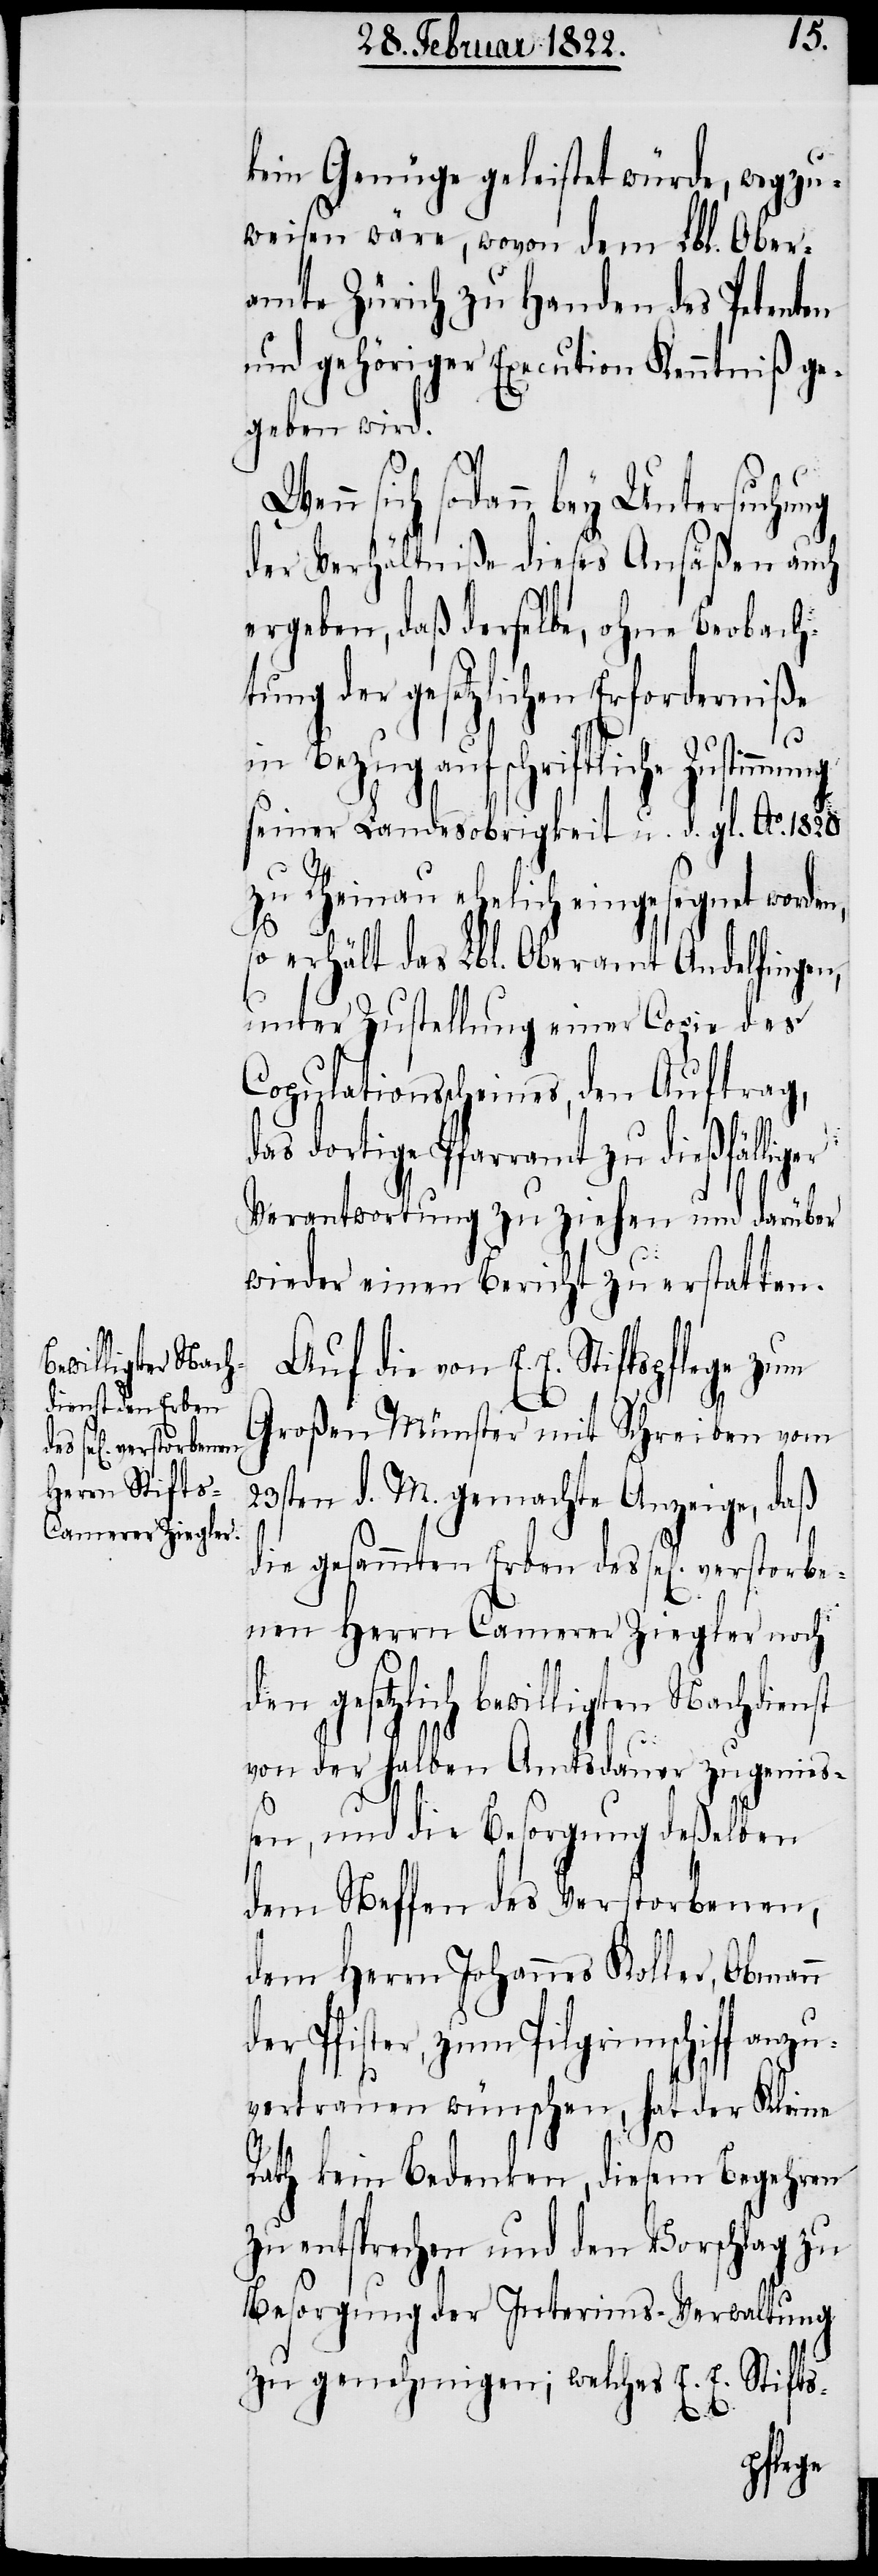
bewilligten Nach¬

kein Genüge geleistet würde, wegzu¬
weisen wäre, wovon dem Lbl. Ober¬
amte Zürich zu Handen des Petenten
und gehöriger Execution Kenntniß ge¬
geben wird.
den
sich sodann, bey Untersuchung
der Verhältniße dieses Ansäßen auch
ergeben, daß derselbe, ohne Beobach¬
tung der gesetzlichen Erforderniße
dienst
seiner Landesobrigkeit u. d. gl. Ao. 1820.
zu Rheinau ehelich eingesegnet worden,
so erhält das Lbl. Oberamt Andelfingen,
unter Zustellung einer Copie des
Copulationsscheines, den Auftrag,
das dortige Pfarramt zu dießfälliger
Verantwortung zu ziehen und darüber
wieder einen Bericht zu erstatten.
Auf die von E. E. Stiftspflege zum
Großen Münster mit Schreiben vom
23sten d. M. gemachte Anzeige, daß
die gesammten Erben des sel[ig] verstorb¬
enen Herrn Camerer Ziegler noch
in Bezug auf schriftliche
von der halben Amtsdauer zu genieß¬
en, und die Besorgung deßelben
dem Neffen des Verstorbenen,
dem Herrn Johannes Koller, Obmann
der Pfister, zum Pilgrimschiff anzu¬
vertrauen wünschen, hat der Kleine
Rath kein Bedenken, diesem Begehren
zu entsprechen und den Vorschlag zu
Besorgung der Interims-Verwaltung
zu genehmigen; welches E. E. Stifts-